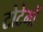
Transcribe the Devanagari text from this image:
टोटेमों